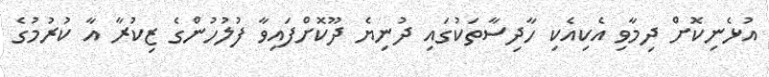
އުޅެނިކޮށް ދިމާވި އެކިއެކި ހާދިސާތަކުގައި ދުނިޔެ ދޫކޮށްފައިވާ ފުލުހުންގެ ޒިކުރާ އާ ކުރުމުގެ